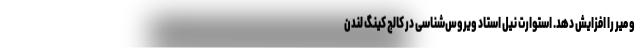
و میر را افزایش دهد. استوارت نیل استاد ویروس‌شناسی در کالج کینگ لندن